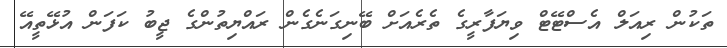
ތަކުން ރިއަލް އެސްޓޭޓް ވިޔަފާރީގެ ތެރެއަށް ބޭނިގަނެގެން ރައްޔިތުންގެ ޖީބު ކަފަން އުޅޭތީއޭ